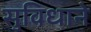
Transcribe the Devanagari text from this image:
सुविधाने